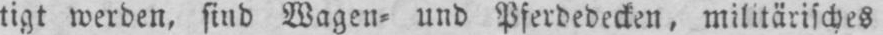
tigt werden, sind Wagen⸗ und Pferdedecken, militärisches